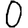
Digit: 0